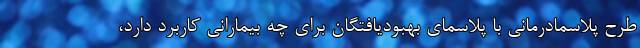
طرح پلاسمادرمانی با پلاسمای بهبودیافتگان برای چه بیمارانی کاربرد دارد،